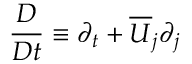
\frac { D } { D t } \equiv \partial _ { t } + \overline { { U } } _ { j } \partial _ { j }